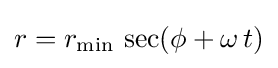
r=r_{\mathrm {min} }\,\sec(\phi +\omega \,t)